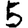
Digit: 5